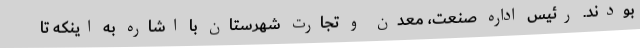
بودند. رئیس اداره صنعت، معدن و تجارت شهرستان با اشاره به اینکه تا